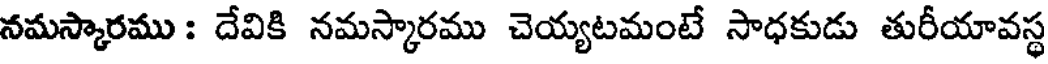
నమస్కారము : దేవికి నమస్కారము చెయ్యటమంటే సాధకుడు తురీయావస్థ